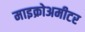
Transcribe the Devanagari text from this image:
माइक्रोअमीटर